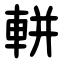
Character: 軿